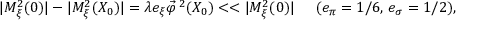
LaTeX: | M _ { \xi } ^ { 2 } ( 0 ) | - | { \cal M } _ { \xi } ^ { 2 } ( X _ { 0 } ) | = \lambda e _ { \xi } \vec { \varphi } ^ { \, 2 } ( X _ { 0 } ) < < | M _ { \xi } ^ { 2 } ( 0 ) | \; \; \; \; \; ( e _ { \pi } = 1 / 6 , \, e _ { \sigma } = 1 / 2 ) ,